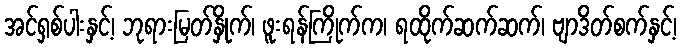
အင်ရှစ်ပါးနှင့်၊ ဘုရားမြတ်နှိုက်၊ ဖူးရန်ကြိုက်က၊ ရထိုက်ဆက်ဆက်၊ ဗျာဒိတ်စက်နှင့်၊